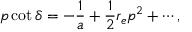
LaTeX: p \cot \delta = - \frac { 1 } { a } + \frac 1 2 r _ { e } p ^ { 2 } + \cdots ,